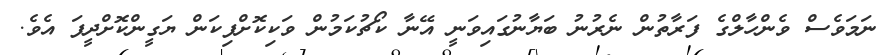
ނަމަވެސް ވެންހާލްގެ ފަރާތުން ނެރުނު ބަޔާނުގައިވަނީ އޭނާ ކޯޗުކަމުން ވަކިކޮށްފިކަން ޔަގީންކޮށްދީފަ އެވެ.